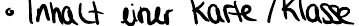
Inhalt einer Karte / Klasse